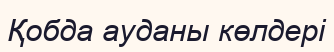
Қобда ауданы көлдері